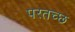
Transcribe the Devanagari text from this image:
परतच्‍छ